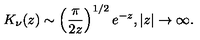
K _ { \nu } ( z ) \sim \left( \frac { \pi } { 2 z } \right) ^ { 1 / 2 } e ^ { - z } , | z | \to \infty .